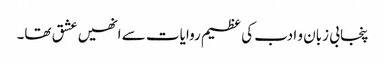
پنجابی زبان و ادب کی عظیم روایات سے انھیں عشق تھا۔